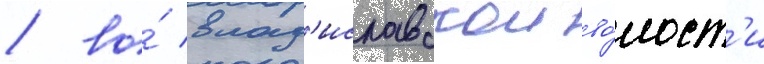
/ во́ влад'иславскои во́лост'и